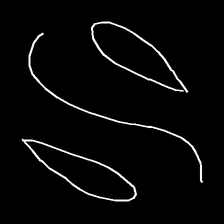
Glyph: water